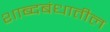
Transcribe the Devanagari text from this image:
शाब्दबंधातील